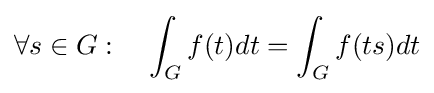
\forall s\in G:\quad \int _{G}f(t)dt=\int _{G}f(ts)dt